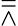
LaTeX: \doublebarwedge